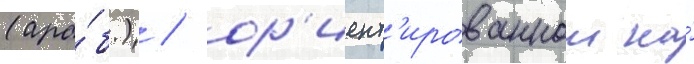
(ара́б.) / ор'иент'ированнои на́